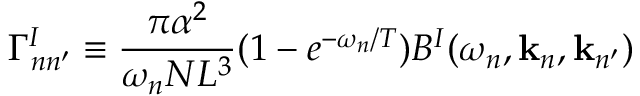
\Gamma _ { n n ^ { \prime } } ^ { I } \equiv \frac { \pi \alpha ^ { 2 } } { \omega _ { n } N L ^ { 3 } } ( 1 - e ^ { - \omega _ { n } / T } ) B ^ { I } ( \omega _ { n } , { \bf k } _ { n } , { \bf k } _ { n ^ { \prime } } )